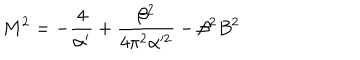
M ^ { 2 } = - \frac { 4 } { \alpha ^ { \prime } } + \frac { \beta ^ { 2 } } { 4 \pi ^ { 2 } \alpha ^ { 2 } } - \beta ^ { 2 } B ^ { 2 }